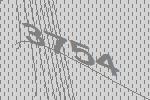
3754